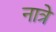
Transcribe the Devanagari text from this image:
नात्रे